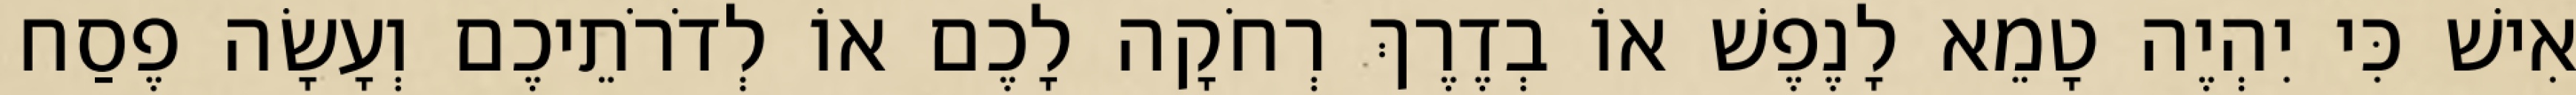
אִישׁ כִּי יִהְיֶה טָמֵא לָנֶפֶשׁ אוֹ בְדֶרֶךְ רְחֹקָה לָכֶם אוֹ לְדֹרֹתֵיכֶם וְעָשָׂה פֶסַח